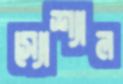
স্যোশ্যাল